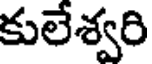
కులేశ్వరి